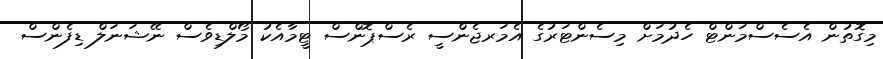
މިގޮތުން އެސެސްމަންޓް ހެދުމަށް މިސެންޓަރުގެ އެމަރޖެންސީ ރެސްޕޮންސް ޓީމާއެކު މޯލްޑިވެސް ނޭޝަނަލް ޑިފެންސް